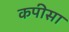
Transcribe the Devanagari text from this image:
कपीसा